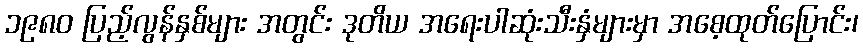
၁၉၈၀ ပြည့်လွန်နှစ်များ အတွင်း ဒုတိယ အရေးပါဆုံးသီးနှံများမှာ အစေ့ထုတ်ပြောင်း၊